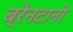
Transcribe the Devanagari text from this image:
ब्रेनटानो